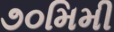
૭૦મિમી